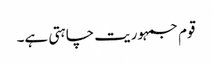
قوم جمہوریت چاہتی ہے۔